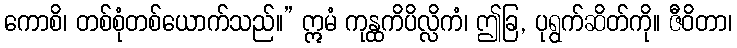
ကောစိ၊ တစ်စုံတစ်ယောက်သည်။” ဣမံ ကုန္ထကိပိလ္လိကံ၊ ဤခြ, ပုရွက်ဆိတ်ကို။ ဇီဝိတာ၊